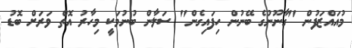
މުއައްޒަފުން "ގާނޫނުގެ ބޭނުން ހިފައިގެން" ސަލާން ބުނުމަކީ މިހާރު އޮތް ވަރަށް ބޮޑު